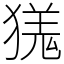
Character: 獇